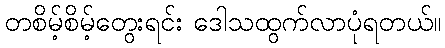
တစိမ့်စိမ့်တွေးရင်း ဒေါသထွက်လာပုံရတယ်။